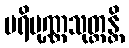
ပရိပုဏ္ဏသုတ္တန္တိ